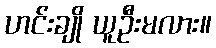
ဟင်းချို ယူဦးမလား။